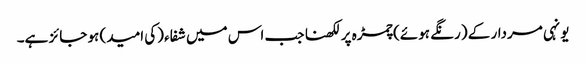
یونہی مردار کے (رنگے ہوئے) چمڑہ پر لکھنا جب اس میں شفاء (کی امید) ہو جائز ہے۔